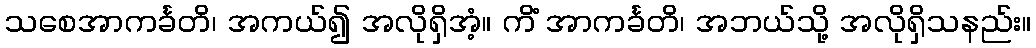
သစေအာကင်္ခတိ၊ အကယ်၍ အလိုရှိအံ့။ ကိံ အာကင်္ခတိ၊ အဘယ်သို့ အလိုရှိသနည်း။